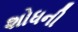
શોધની